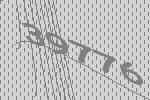
39776